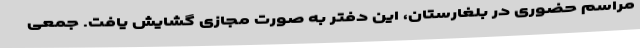
مراسم حضوری در بلغارستان، این دفتر به صورت مجازی گشایش یافت. جمعی